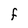
Character: F